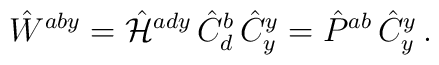
\hat{W}^{aby} = \hat{\cal H}^{ady} \,\hat{C}^{b}_{d} \, \hat{C}^{y}_y = \hat{P}^{ab} \, \hat{C}^{y}_y    \, .